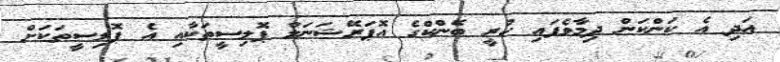
އަދި އެ ކަންކަން ދިމާވެފައި ހުރީ ބޭންކްގެ އޮޕަރޭޝަނަލް ޕޮލިސީތަކާއި އެ ޕޮލިސީތަކަށް